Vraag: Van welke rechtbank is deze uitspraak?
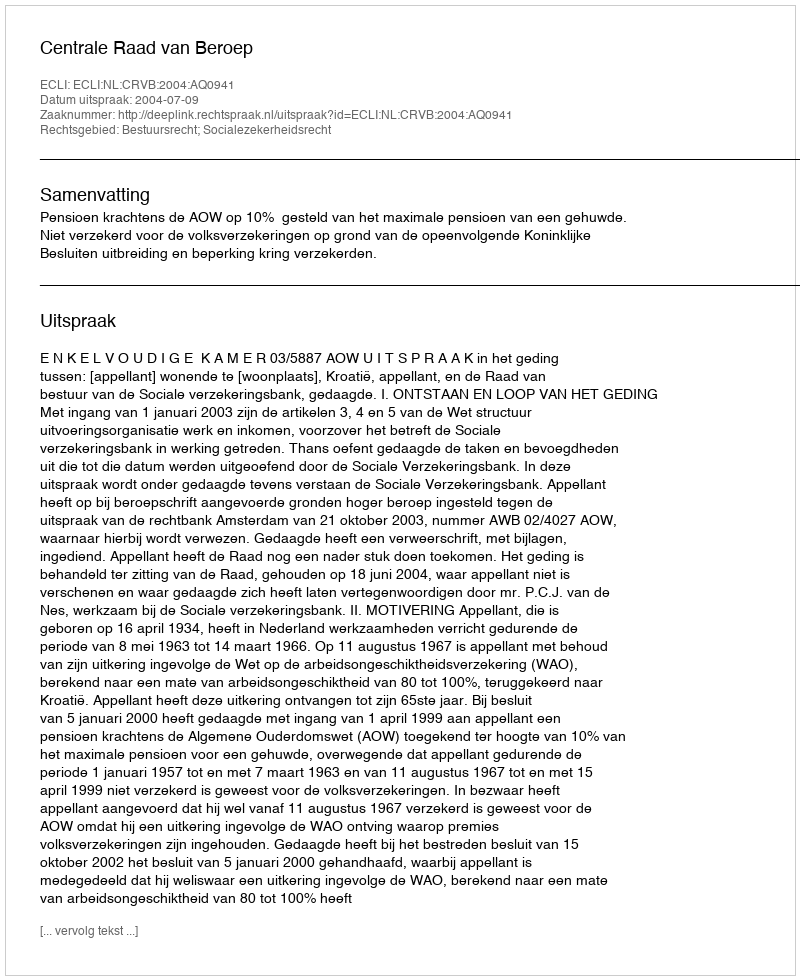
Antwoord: Centrale Raad van Beroep